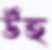
উঁহ